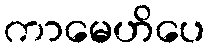
ကာမေဟိပေ